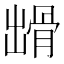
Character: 𩨳